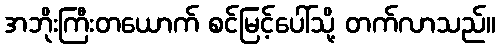
အဘိုးကြီးတယောက် စင်မြင့်ပေါ်သို့ တက်လာသည်။